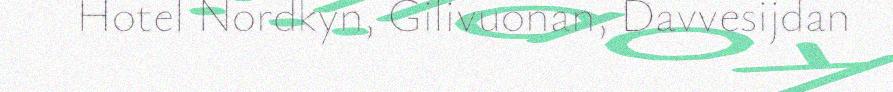
Hotel Nordkyn, Gilivuonan, Davvesijdan